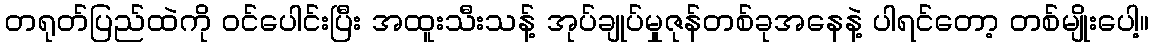
တရုတ်ပြည်ထဲကို ဝင်ပေါင်းပြီး အထူးသီးသန့် အုပ်ချုပ်မှုဇုန်တစ်ခုအနေနဲ့ ပါရင်တော့ တစ်မျိုးပေါ့။